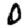
Digit: 0